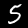
Label: 5